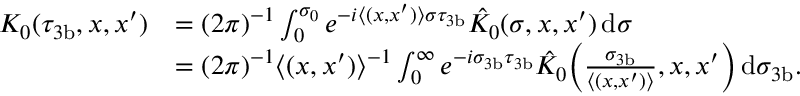
\begin{array} { r l } { K _ { 0 } ( \tau _ { 3 \mathrm { b } } , x , x ^ { \prime } ) } & { = ( 2 \pi ) ^ { - 1 } \int _ { 0 } ^ { \sigma _ { 0 } } e ^ { - i \langle ( x , x ^ { \prime } ) \rangle \sigma \tau _ { 3 \mathrm { b } } } \hat { K } _ { 0 } ( \sigma , x , x ^ { \prime } ) \, { \mathrm d } \sigma } \\ & { = ( 2 \pi ) ^ { - 1 } \langle ( x , x ^ { \prime } ) \rangle ^ { - 1 } \int _ { 0 } ^ { \infty } e ^ { - i \sigma _ { 3 \mathrm { b } } \tau _ { 3 \mathrm { b } } } \hat { K } _ { 0 } \Bigl ( \frac { \sigma _ { 3 \mathrm { b } } } { \langle ( x , x ^ { \prime } ) \rangle } , x , x ^ { \prime } \Bigr ) \, { \mathrm d } \sigma _ { 3 \mathrm { b } } . } \end{array}